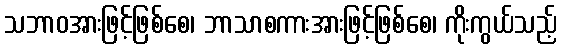
သဘာဝအားဖြင့်ဖြစ်စေ၊ ဘာသာစကားအားဖြင့်ဖြစ်စေ၊ ကိုးကွယ်သည့်